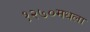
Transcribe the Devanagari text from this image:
१२७०मधला